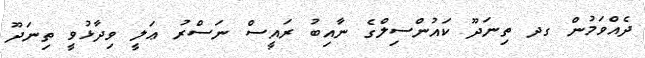
ދެއްވަމުން ގދ ތިނަދޫ ކައުންސިލްގެ ނާއިބު ރައީސް ނަސްރު ޢަލީ ވިދާޅުވީ ތިނަދޫ